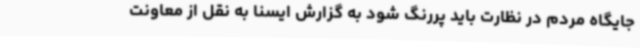
جایگاه مردم در نظارت باید پررنگ شود به گزارش ایسنا به نقل از معاونت